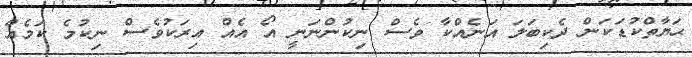
ޙަޔާތްކުޑަކަން ދެކިބަލަ އަނެއްކާ ވެސް ނިކުންނަނީ އޯ އެއް އިރަކުވެސް ނިކުމެ ކަމެއް